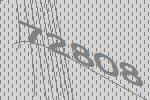
72808